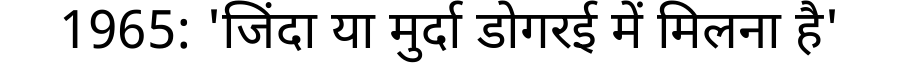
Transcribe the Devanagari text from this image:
1965: 'जिंदा या मुर्दा डोगरई में मिलना है'